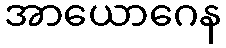
အာယောဂေန